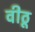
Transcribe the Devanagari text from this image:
वीठू